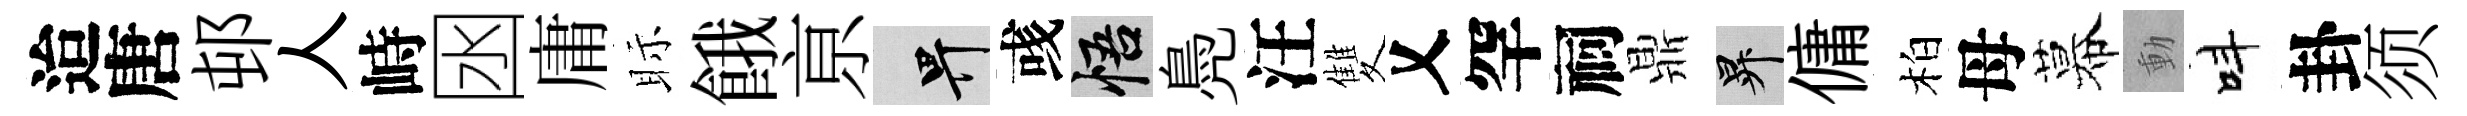
迨唐邨人峙囦庸眎餓亰畀彧悟鳧汪雙乂罕祠鼎升傭柏母幕動呌卦须